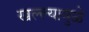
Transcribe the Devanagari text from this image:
खल्ल्यामुळे